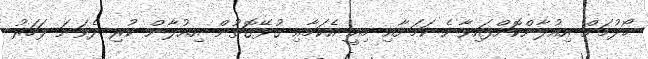
ހޯދުމަށް އިއުލާންކޮށްފައިވާނެ ކަމަށާއި މިއީ އެކަމާއި ގުޅޭގޮތުން އިއުލާން ކުރި ދެވަނަ ފަހަރު